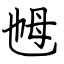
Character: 乸